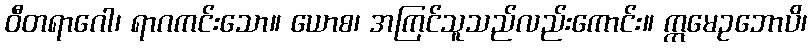
ဝီတရာဂေါ၊ ရာဂကင်းသော။ ယောစ၊ အကြင်သူသည်လည်းကောင်း။ ဣမေဥဘောပိ၊